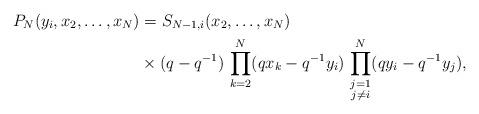
LaTeX: \begin{align*}P_N (y_i, x_2, \dots, x_N) &{}= S_{N-1,i} (x_2, \dots, x_N)\\& {}\times (q-q^{-1})\,\prod_{k = 2}^N (qx_k - q^{-1}y_i)\,\prod_{\substack{j=1\\j\neq i}}^N (qy_i - q^{-1}y_j),\end{align*}